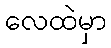
လေထဲမှာ